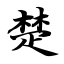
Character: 楚